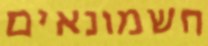
חשמונאים